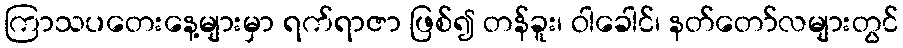
ကြာသပတေးနေ့များမှာ ရက်ရာဇာ ဖြစ်၍ တန်ခူး၊ ဝါခေါင်၊ နတ်တော်လများတွင်